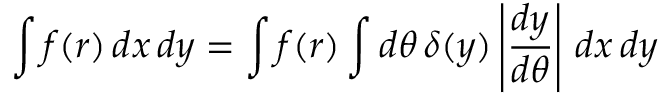
\int f ( r ) \, d x \, d y = \int f ( r ) \int d \theta \, \delta ( y ) \left| { \frac { d y } { d \theta } } \right| \, d x \, d y